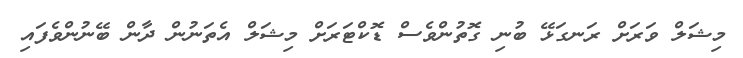
މިޝަލް ވަރަށް ރަނގަޅޭ ބުނި ގޮތުންވެސް ޑޮކްޓަރަށް މިޝަލް އެތަނުން ދާން ބޭނުންވެފައި